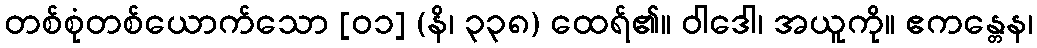
တစ်စုံတစ်ယောက်သော [၀၁] (နိ၊ ၃၃၈) ထေရ်၏။ ဝါဒေါ၊ အယူကို။ ဧကန္တေန၊